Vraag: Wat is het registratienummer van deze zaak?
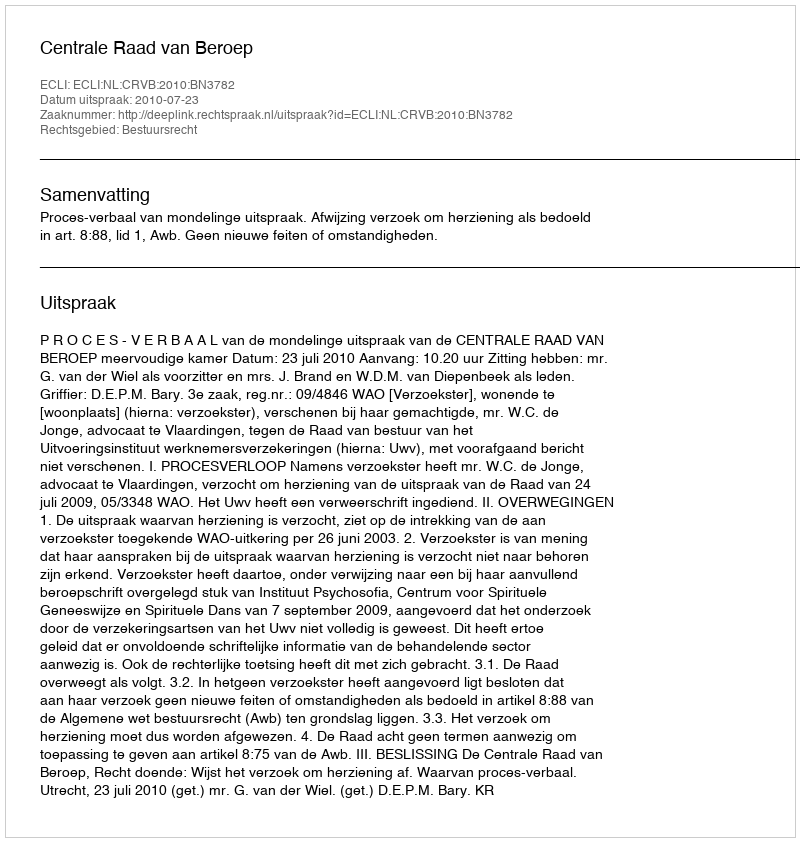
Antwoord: http://deeplink.rechtspraak.nl/uitspraak?id=ECLI:NL:CRVB:2010:BN3782